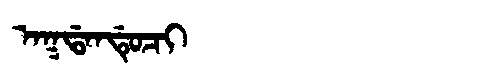
Manchu: ᠠᡴᡩᠠᠨᡩᡠᠴᡳ
Romanization: AKDANDUCI